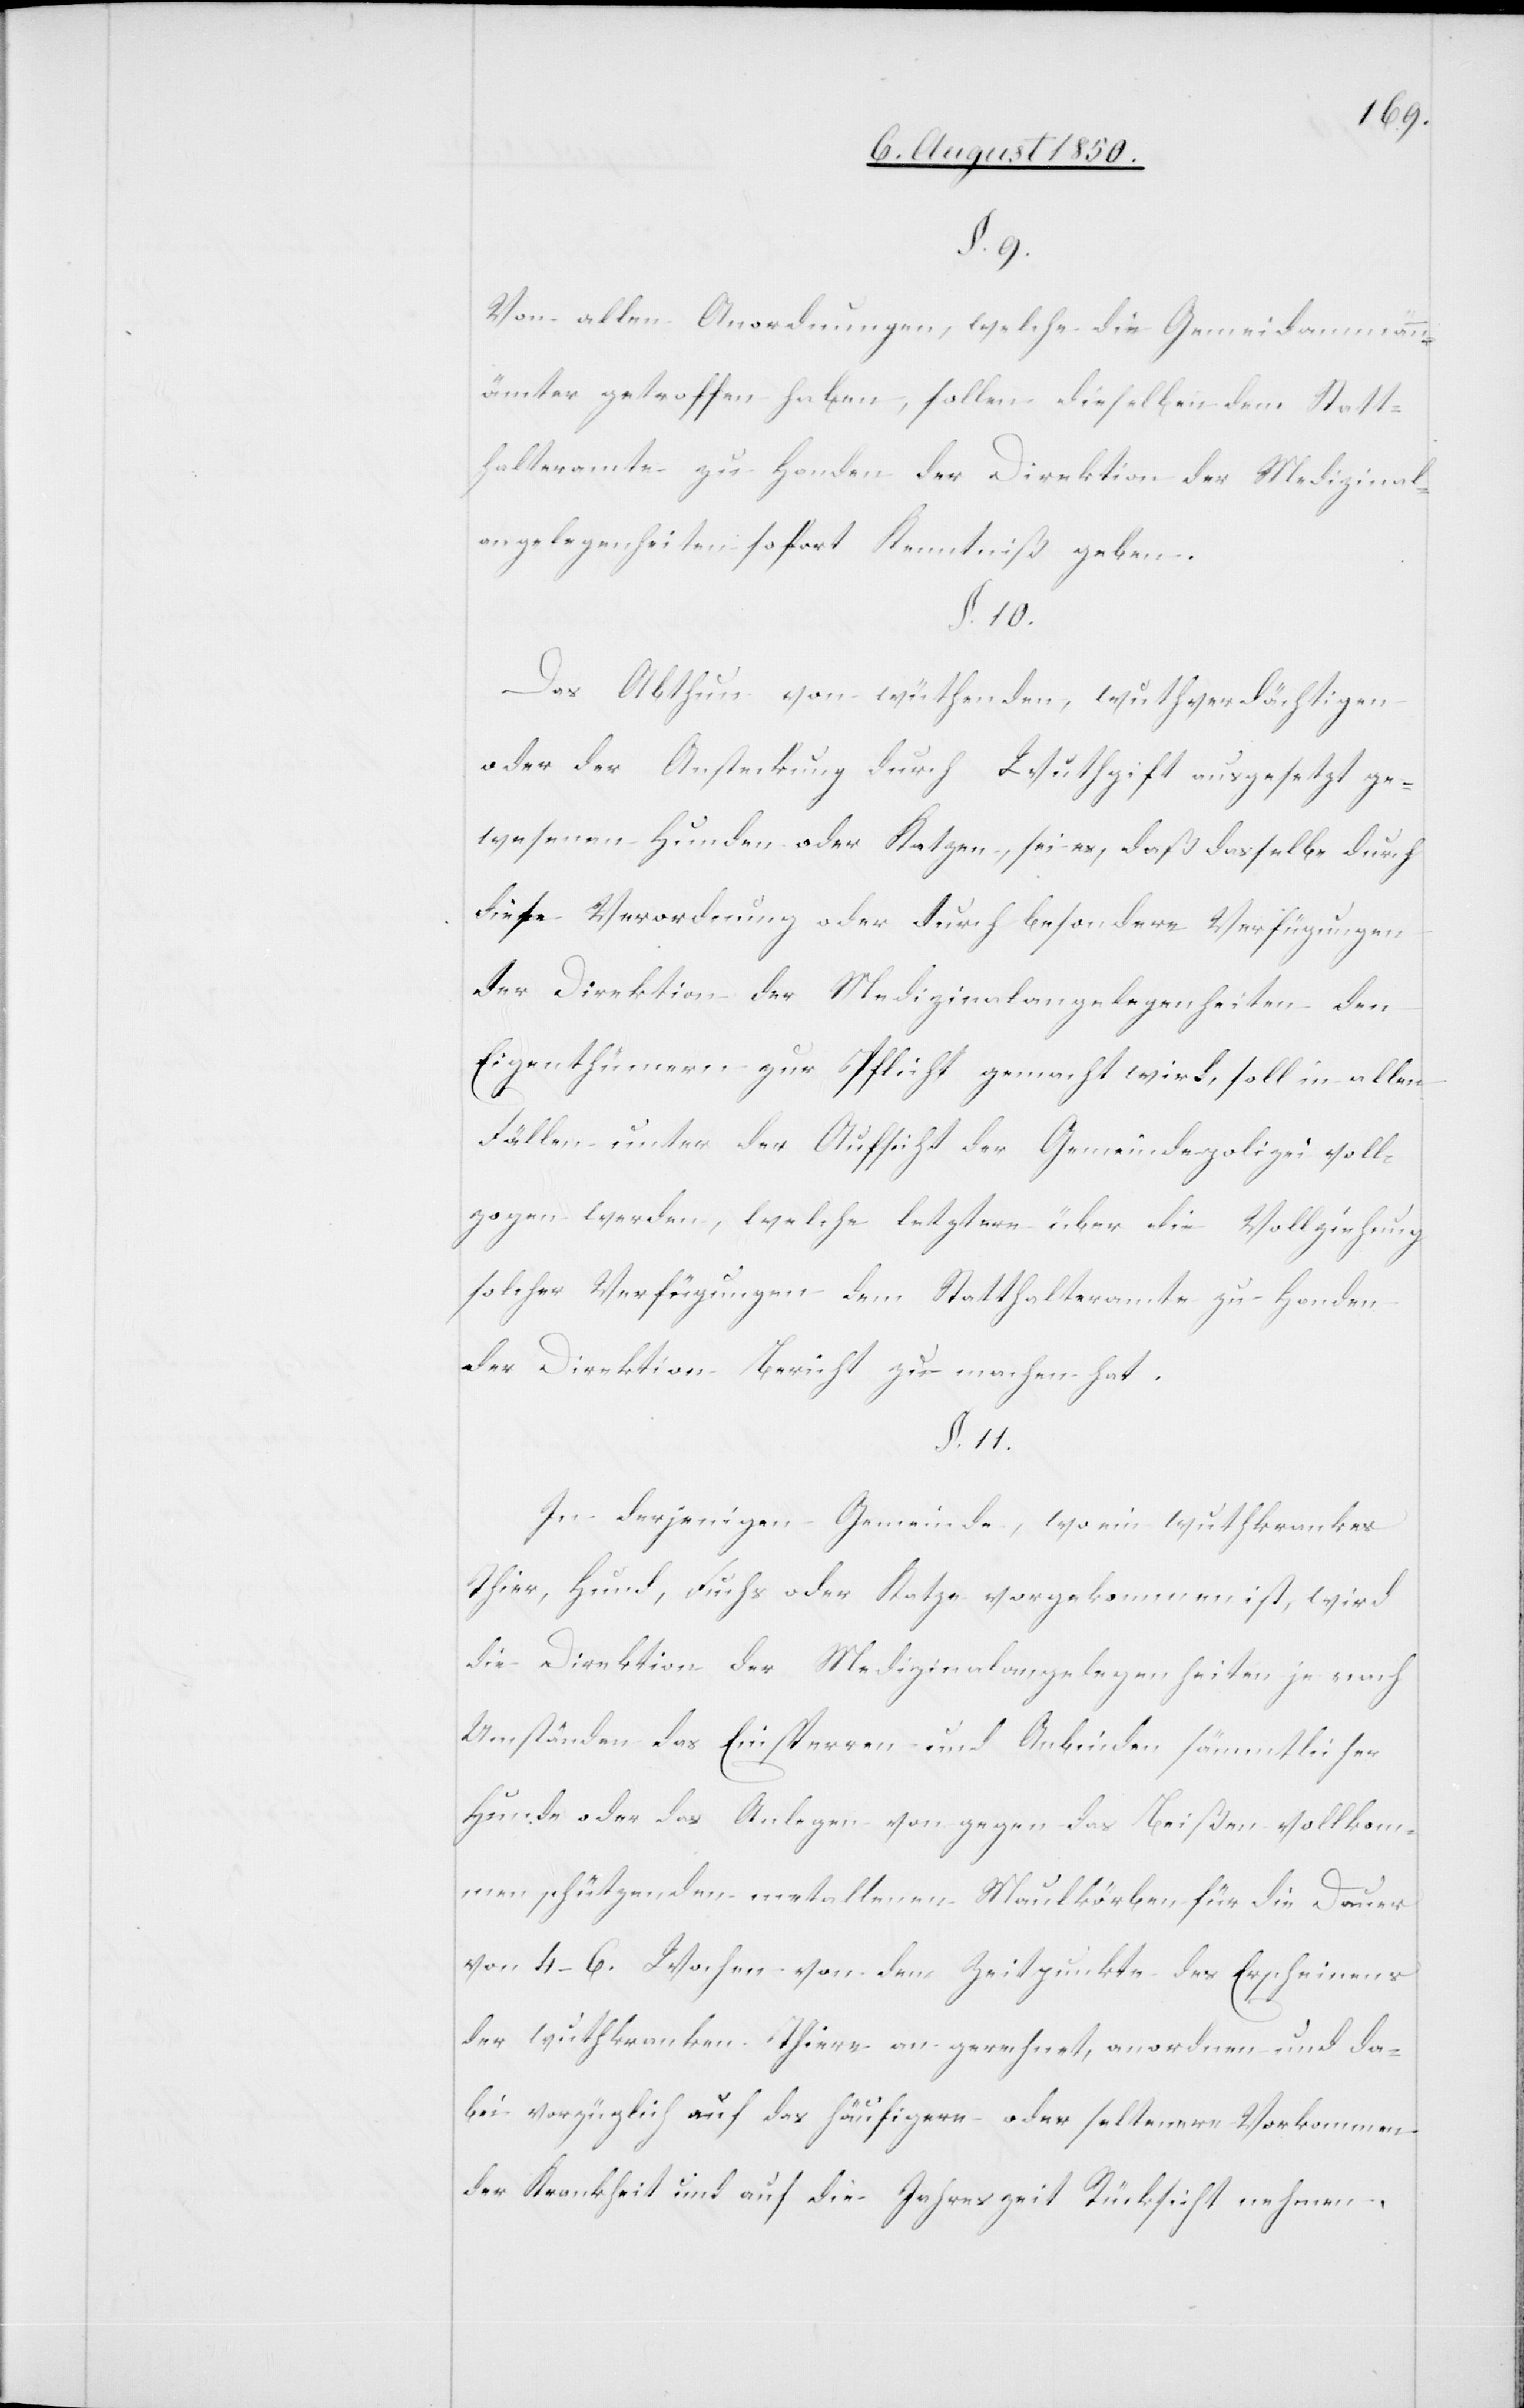
§. 9.
Von allen Anordnungen, welche die Gemei[n]dammann¬
ämter getroffen haben, sollen dieselben dem Statt¬
halteramte zu Handen der Direktion der Medizinal¬
angelegenheiten sofort Kenntniß geben.
§. 10.
Das Abthun von wüthenden, wuthverdächtigen
oder der Ansteckung durch Wuthgift ausgesetzt ge¬
wesenen Hunden oder Katzen, sei es, daß dasselbe durch
diese Verordnung oder durch besondere Verfügungen
der Direktion der Medizinalangelegenheiten den
Eigenthümern zur Pflicht gemacht wird, soll in allen
Fällen unter der Aufsicht der Gemeindepolizei voll¬
zogen werden, welche letztere über die Vollziehung
solcher Verfügungen dem Statthalteramte zu Handen
der Direktion Bericht zu machen hat.
§. 11.
In derjenigen Gemeinde, wo ein wuthkrankes
Thier, Hund, Fuchs oder Katze vorgekommen ist, wird
die Direktion der Medizinalangelegenheiten je nach
Umständen das Einsperren und Anbinden sämmtlicher
Hunde oder das Anlegen von gegen das Beißen vollkom¬
men schützenden metallenen Maulkörben für die Dauer
von 4–6. Wochen von dem Zeitpunkte des Erscheinens
der wuthkranken Thiere an gerechnet, anordnen und da¬
bei vorzüglich auf das häufigere oder seltenere Vorkommen
der Krankheit und auf die Jahreszeit Rücksicht nehmen.